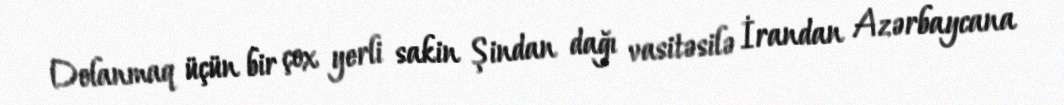
Dolanmaq üçün bir çox yerli sakin Şindan dağı vasitəsilə İrandan Azərbaycana